Report on horse surra - Volume II, Part I
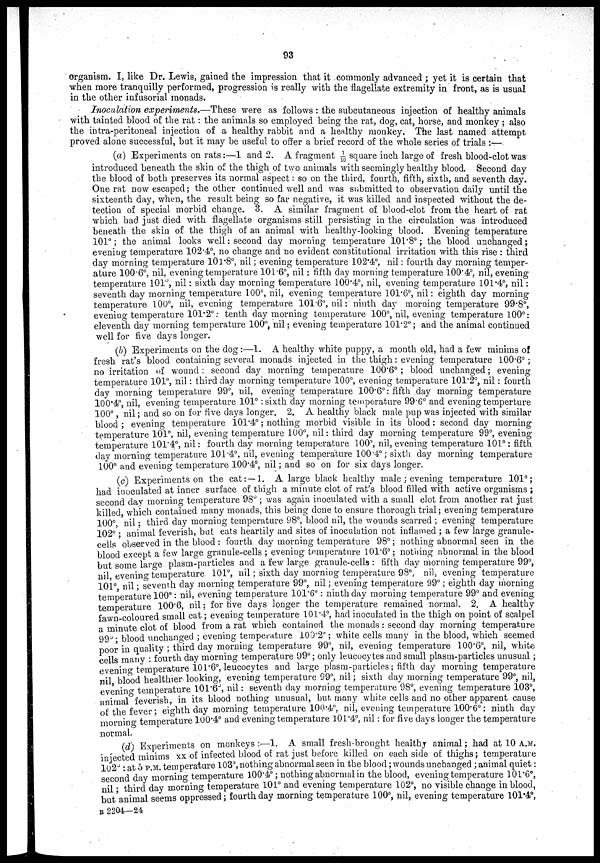
93
organism. I, like Dr. Lewis, gained the impression that it commonly advanced ; yet it is certain that
when more tranquilly performed, progression is really with the flagellate extremity in front, as is usual
in the other infusorial monads.
Inoculation experiments.—These
were as follows : the subcutaneous injection of healthy animals
with tainted blood of the rat: the animals so employed being the rat, dog, cat, horse, and monkey ; also
the intra-peritoneal injection of a healthy rabbit and a healthy monkey. The last named attempt
proved alone successful, but it may be useful to offer a brief record of the whole series of trials :—
(a) Experiments on rats:—1 and 2. A fragment 1/10 square inch large of fresh blood-clot was
introduced beneath the skin of the thigh of two animals with seemingly healthy blood. Second day
the blood of both preserves its normal aspect: so on the third, fourth, fifth, sixth, and seventh day.
One rat now escaped; the other continued well and was submitted to observation daily until the
sixteenth day, when, the result being so far negative, it was killed and inspected without the de-
tection of special morbid change. 3. A similar fragment of blood-clot from the heart of rat
which had just died with flagellate organisms still persisting in the circulation was introduced
beneath the skin of the thigh of an animal with healthy-looking blood. Evening temperature
101°; the animal looks well: second day morning temperature 101.8°; the blood unchanged;
evening temperature 102.4°, no change and no evident constitutional irritation with this rise : third
day morning temperature 101.8°, nil; evening temperature 102.4°, nil: fourth day morning temper-
ature 100.6°, nil, evening temperature 101.6°, nil: fifth day morning temperature 100.4°, nil, evening
temperature 101°, nil: sixth day morning temperature 100.4°, nil, evening temperature 101.4°, nil:
seventh day morning temperature 100°, nil, evening temperature 101.6°, nil: eighth day morning
temperature 100°, nil, evening temperature 101.6°, nil: ninth day morning temperature 99.8°,
evening temperature 101.2°: tenth day morning temperature 100°, nil, evening temperature 100°:
eleventh day morning temperature 100°, nil; evening temperature 101.2°; and the animal continued
well for five days longer.
(b) Experiments on the dog:—1. A healthy white puppy, a month old, had a few minims of
fresh rat's blood containing several monads injected in the thigh: evening temperature 100.6°;
no irritation of wound: second day morning temperature 100.6°; blood unchanged; evening
temperature 101°, nil: third day morning temperature 100°, evening temperature 101.2°, nil: fourth
day morning temperature 99°, nil, evening temperature 100.6°: fifth day morning temperature
100.4°, nil, evening temperature 101° : sixth day morning temperature 99.6° and evening temperture
100°, nil; and so on for five days longer. 2. A healthy black male pup was injected with similar
blood; evening temperature 101.4°; nothing morbid visible in its blood: second day morning
temperature 101°, nil, evening temperature 100°, nil: third day morning temperature 99°, evening
temperature 101.4°, nil: fourth day morning temperature 100°, nil, evening temperature 101°: fifth
day morning temperature 101.4°, nil, evening temperature 100.4°; sixth day morning temperature
100° and evening temperature 100.4°, nil; and so on for six days longer.
(c) Experiments on the cat:—1. A large black healthy male ; evening temperature 101°;
had inoculated at inner surface of thigh a minute clot of rat's blood filled with active organisms ;
second day morning temperature 98°; was again inoculated with a small clot from another rat just
killed, which contained many monads, this being done to ensure thorough trial; evening temperature
100°, nil ; third day morning temperature 98°, blood nil, the wounds scarred ; evening temperature
102°; animal feverish, but eats heartily and sites of inoculation not inflamed ; a few large granule¬
cells observed in the blood : fourth day morning temperature 98°; nothing abnormal seen in the
blood except a few large granule-cells ; evening temperature 101.6°; nothing abnormal in the blood
but some large plasm-particles and a few large granule-cells : fifth day morning temperature 99°,
nil, evening temperature 101°, nil; sixth day morning temperature 98°, nil, evening temperature
101°, nil ; seventh day morning temperature 99°, nil; evening temperature 99°; eighth day morning
temperature 100°: nil, evening temperature 101.6°: ninth day morning temperature 99° and evening
temperature 100.6, nil; for five days longer the temperature remained normal. 2. A healthy
fawn-coloured small cat; evening temperature 101.4°, had inoculated in the thigh on point of scalpel
a minute clot of blood from a rat which contained the monads: second day morning temperature
99°; blood unchanged ; evening temperature 100.2°; white cells many in the blood, which seemed
poor in quality ; third day morning temperature 99°, nil, evening temperature 100.6°, nil, white
cells many : fourth day morning temperature 99°; only leucocytes and small plasm-particles unusual;
evening temperature 101.6°, leucocytes and large plasm-particles; fifth day morning temperature
nil, blood healthier looking, evening temperature 99°, nil; sixth day morning temperature 99°, nil,
evening temperature 101.6°, nil: seventh day morning temperature 98°, evening temperature 103°,
animal feverish, in its blood nothing unusual, but many white cells and no other apparent cause
of the fever; eighth day morning temperature 100.4°, nil, evening temperature 100.6°: ninth day
morning temperature 100.4° and evening temperature 101.4°, nil: for five days longer the temperature
normal.
(d) Experiments on monkeys :—1. A small fresh-brought healthy animal; had at 10 A.M.
injected minims xx of infected blood of rat just before killed on each side of thighs; temperature
102° : at 5 P. M. temperature 103°, nothing abnormal seen in the blood; wounds unchanged ; animal quiet:
second day morning temperature 100.4°; nothing abnormal in the blood, evening temperature 101.6°,
nil; third day morning temperature 101° and evening temperature 102°, no visible change in blood,
but animal seems oppressed; fourth day morning temperature 100°, nil, evening temperature 101.4°,
B 2204—24